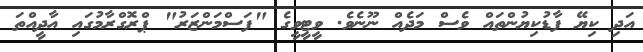
އަދި ކިޔޭ ފާޑުކިޔުންތައް ވެސް މަދެއް ނޫނެވެ. ވީޓީވީގެ "ފަސްމަންޒަރު" ޕްރޮގްރާމުގައި އާދީއްތަ